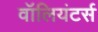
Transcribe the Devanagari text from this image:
वॉलियंटर्स